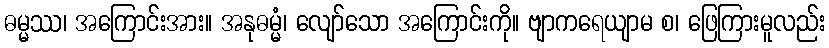
ဓမ္မဿ၊ အကြောင်းအား။ အနုဓမ္မံ၊ လျော်သော အကြောင်းကို။ ဗျာကရေယျာမ စ၊ ဖြေကြားမူလည်း